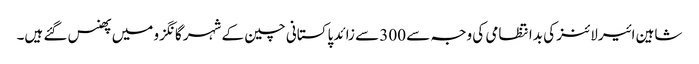
شاہین ائیرلائنز کی بدانتظامی کی وجہ سے 300 سے زائد پاکستانی چین کے شہر گانگزو میں پھنس گئے ہیں۔